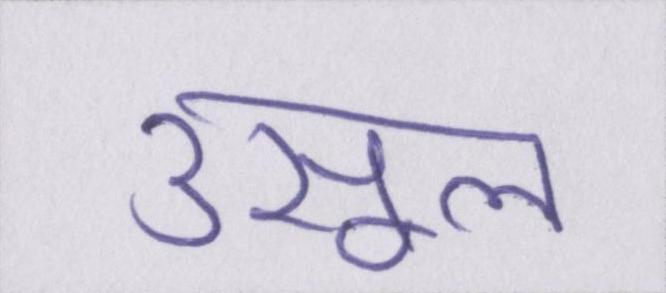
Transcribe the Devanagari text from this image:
उसूल